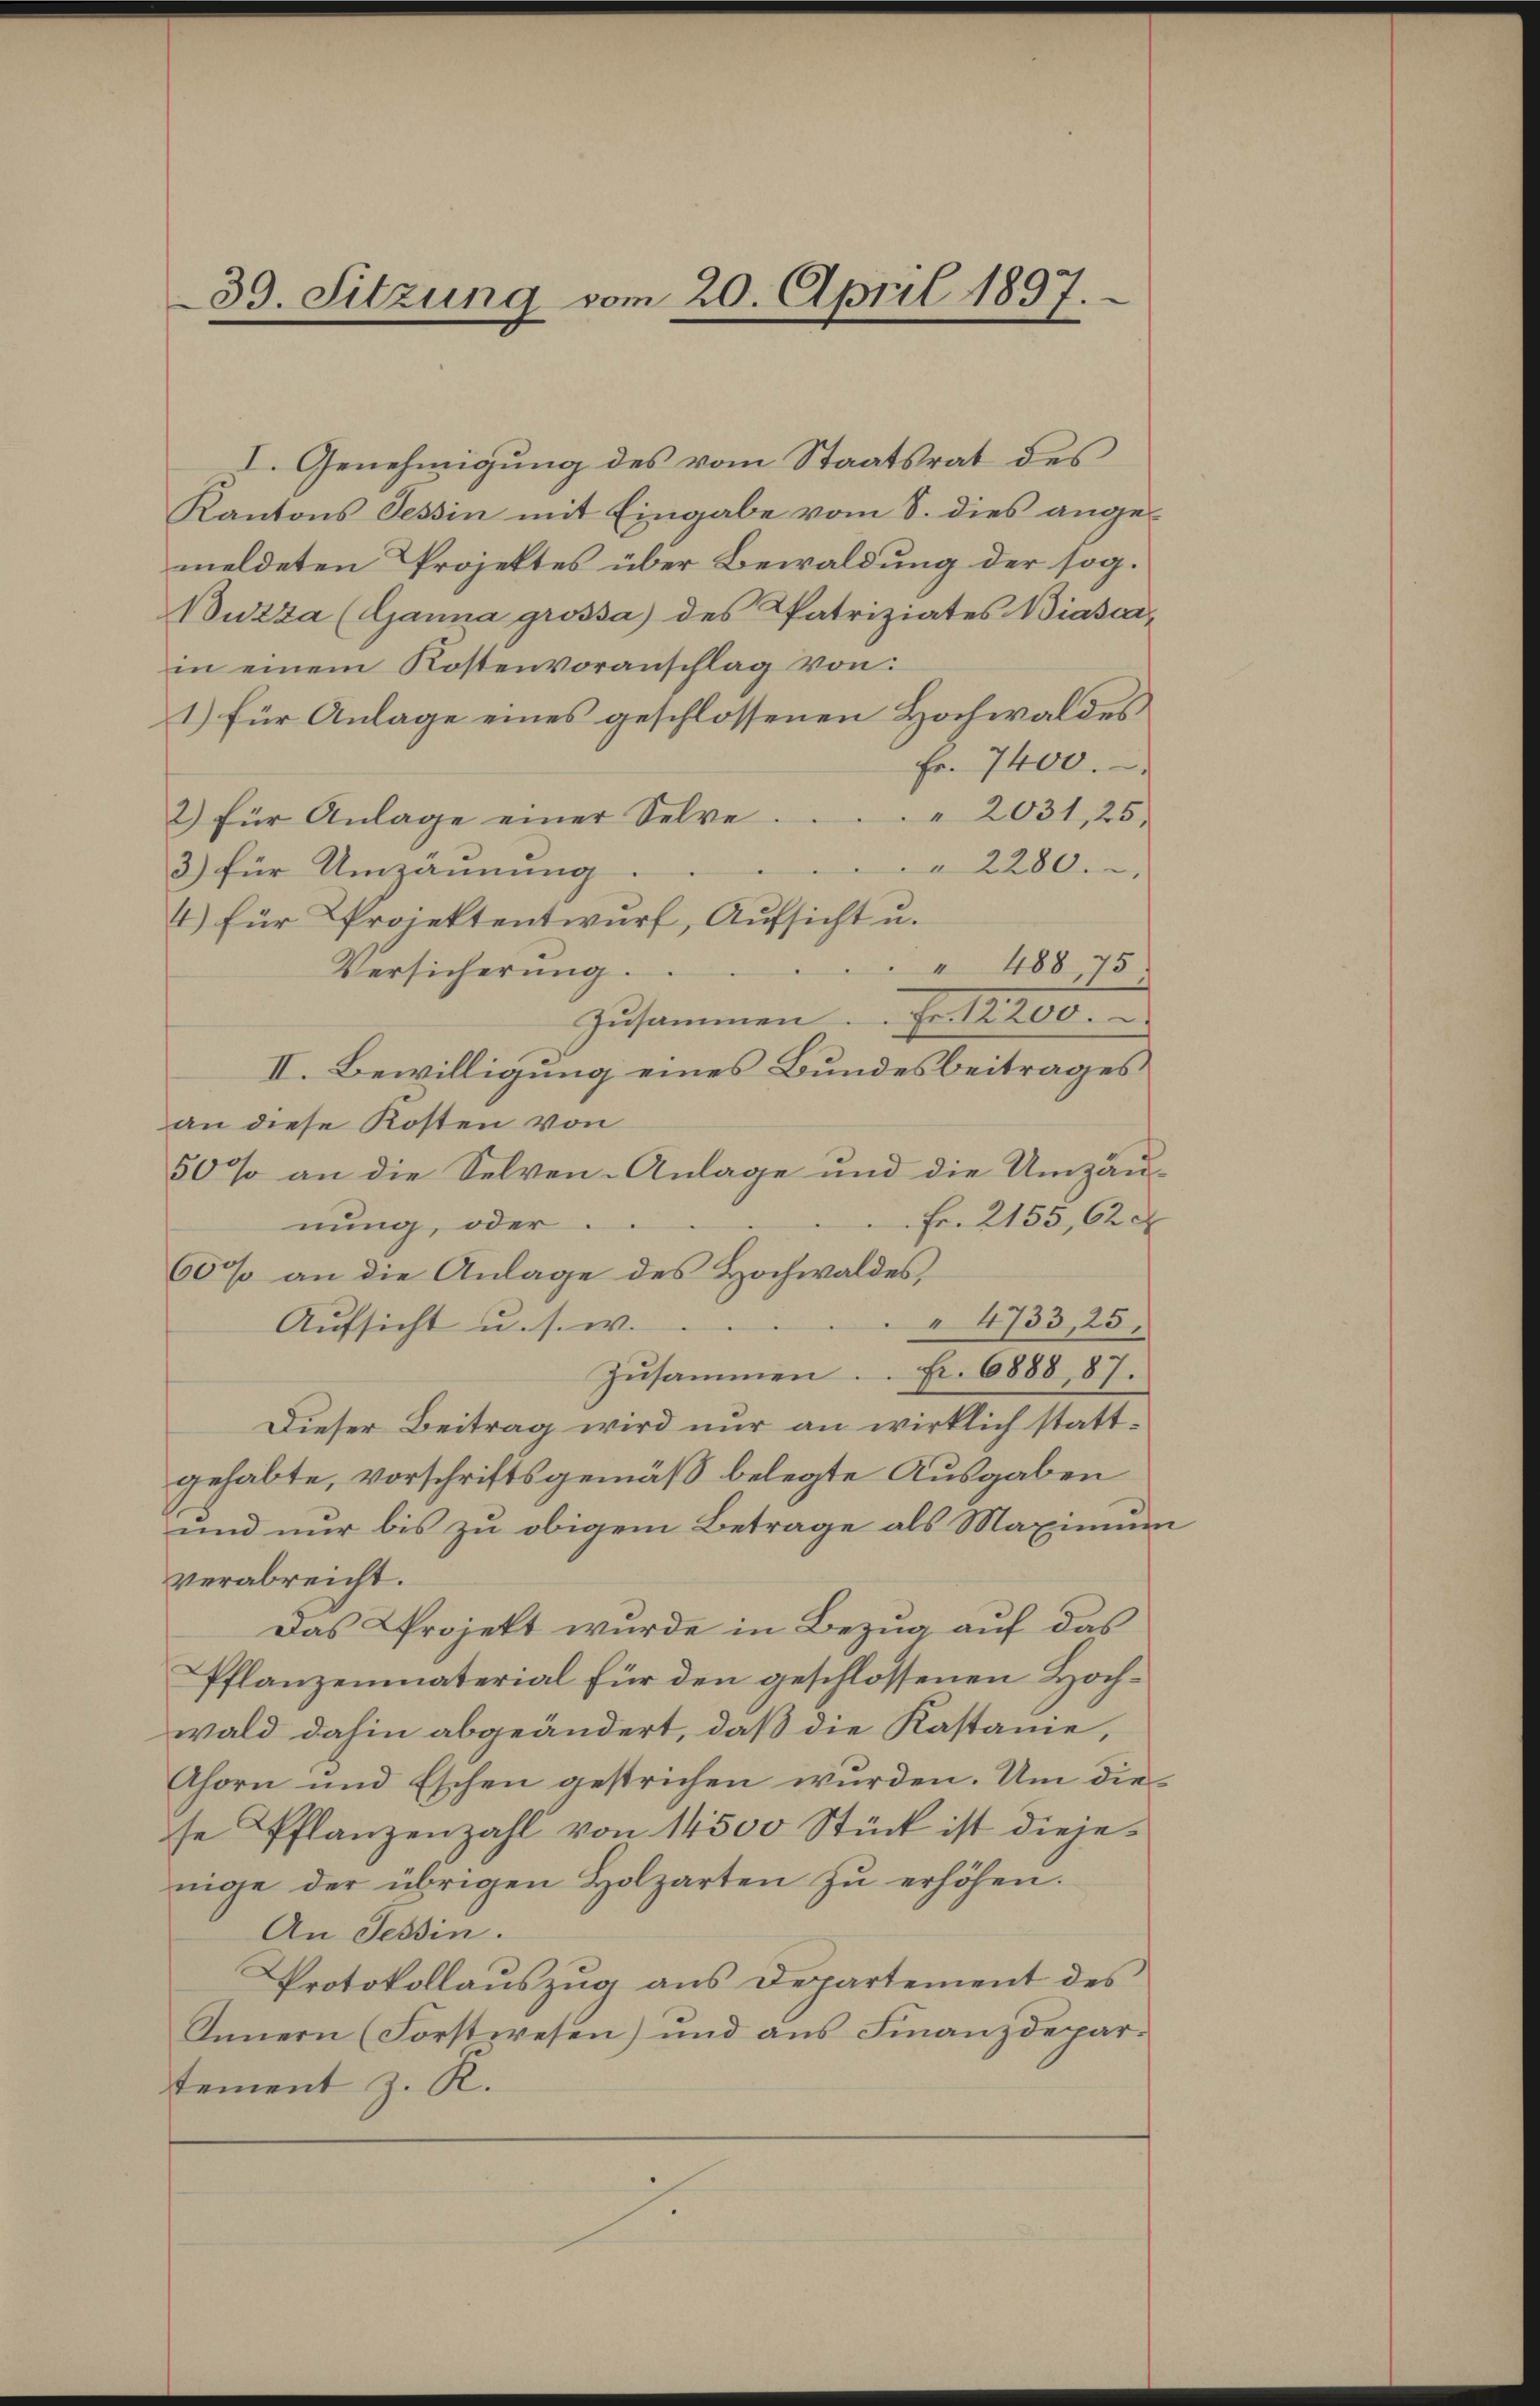
39. Sitzung vom 20. April 1897.

I. Genehmigung des vom Staatsrat des
Kantons Tessin mit Eingabe vom 8. dies angemeldeten Projektes über Bewaldung der sog.
Nuzza (Ganna grossa) des Patriziates Biasar-
in einem Kostenvoranschlag von
1) für Anlage eines geschlossenen Hochwaldes
Fr. 7400.
2) für Anlage einer Selve. 2031, 25.
2280.
3) für Umzäunung
4) für Projektentwurf, Aufsicht u.
 488,75
Versicherung.
Zŭsammen. Fr. 12200.
II. Bewilligung eines Bundesbeitrages
an diese Kosten von
50% an die Selven-Anlage und die Umzäu-
Fr. 2155, 620
nung, oder
60% an die Anlage des Hochwaldes,
4733, 25,
Aufsicht u. s. w.
Fr. 6888, 87.
Zusammen
Dieser Beitrag wird nur an wirklich stattgehabte, vorschriftsgemäß belegte Ausgaben
und nur bis zu obigem Betrage als Maximum
verabreicht.
Das Projekt wurde in Bezug auf das
Pflanzenmaterial für den geschlossenen Hochwald dahin abgeändert, daß die Kastanie,
Ahorn und Eschen gestrichen wurden. Um die
se Pflanzenzahl von 14500 Stück ist diejenige der übrigen Holzarten zŭ erhöhen.
An Tessin.
Protokollaŭszŭg ans Departement des
Innern (Forstwesen) und aus Finanzdepartement z. R.

e